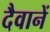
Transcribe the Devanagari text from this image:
दैवानें